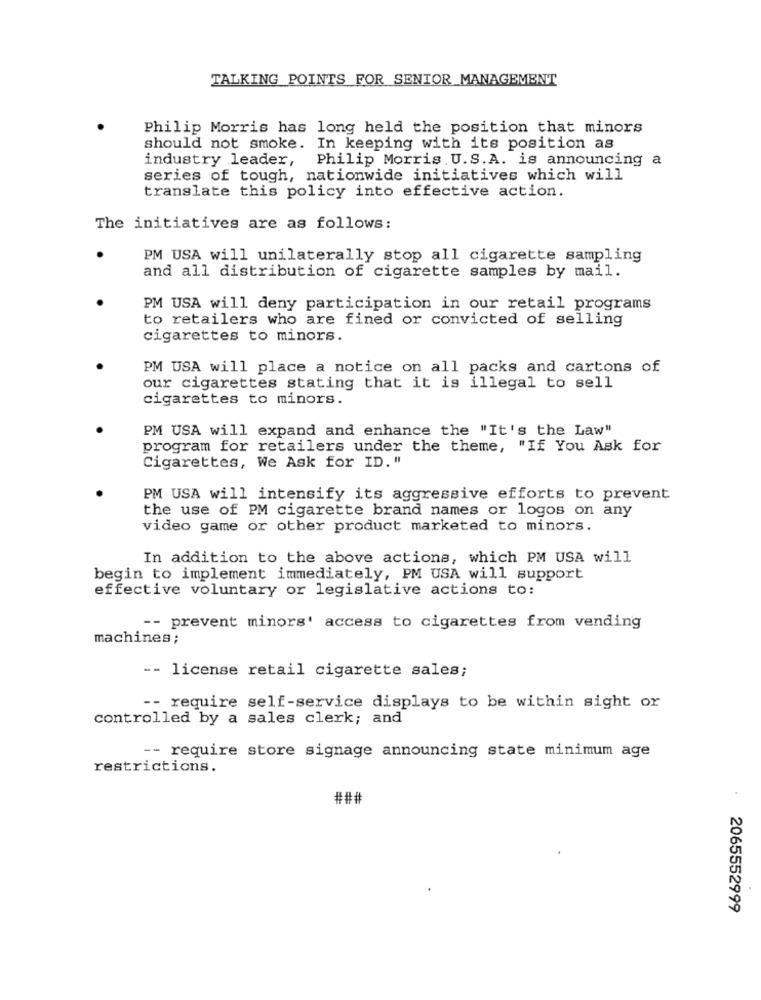
TALKING POINTS FOR SENIOR MANAGEMENT
Philip Morris has long held the position that minors
should not smoke. In keeping with its position as
industry leader, Philip Morris . U.S.A. is announcing a
series of tough, nationwide initiatives which will
translate this policy into effective action.
The initiatives are as follows:
PM USA will unilaterally stop all cigarette sampling
and all distribution of cigarette samples by mail.
PM USA will deny participation in our retail programs
to retailers who are fined or convicted of selling
cigarettes to minors.
PM USA will place a notice on all packs and cartons of
our cigarettes stating that it is illegal to sell
cigarettes to minors.
PM USA will expand and enhance the "It's the Law"
program for retailers under the theme, "If You Ask for
Cigarettes, We Ask for ID. "
PM USA will intensify its aggressive efforts to prevent
the use of PM cigarette brand names or logos on any
video game or other product marketed to minors.
In addition to the above actions, which PM USA will
begin to implement immediately, PM USA will support
effective voluntary or legislative actions to:
-- prevent minors' access to cigarettes from vending
machines;
-- license retail cigarette sales;
-- require self-service displays to be within sight or
controlled by a sales clerk; and
-- require store signage announcing state minimum age
restrictions.
###
2065552999